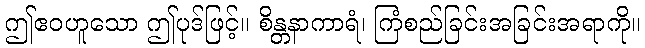
ဤဧဝဟူသော ဤပုဒ်ဖြင့်။ စိန္တနာကာရံ၊ ကြံစည်ခြင်းအခြင်းအရာကို။